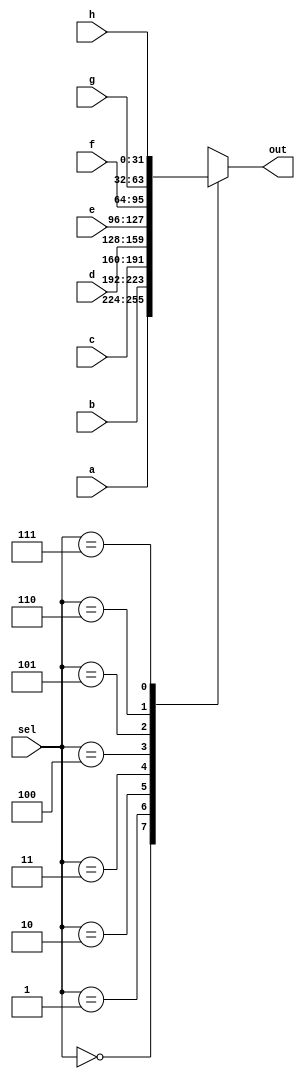
module mux3_8 (a,b,c,d,e,f,g,h,sel,out);
    input wire [31:0] a,b,c,d,e,f,g,h;
    input wire [2:0] sel;

    output reg [31:0] out;

    always @ (*) begin
        case (sel)
            3'b000 : out = a;
            3'b001 : out = b;
            3'b010 : out = c;
            3'b011 : out = d;
            3'b100 : out = e;
            3'b101 : out = f;
            3'b110 : out = g;
            3'b111 : out = h;
        endcase
    end
endmodule